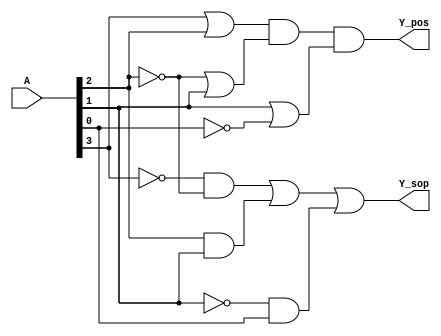
module combinational_logic (
    input wire [3:0] A,   // 4-bit input (A1, A2, A3, A4)
    output wire Y_sop,    // Output for Sum of Products
    output wire Y_pos     // Output for Product of Sums
);

// SOP Implementation
// Example SOP expression: Y_sop = A1'A2 + A2A3 + A3'A4
assign Y_sop = (~A[3] & ~A[2]) | (A[2] & A[1]) | (~A[1] & A[0]);

// POS Implementation
// Example POS expression: Y_pos = (A1 + A2)(A2' + A3)(A3 + A4')
assign Y_pos = (A[3] | A[2]) & (~A[2] | A[1]) & (A[1] | ~A[0]);

endmodule